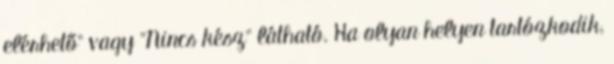
elérhető" vagy "Nincs kész" látható. Ha olyan helyen tartózkodik,